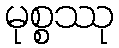
မုစ္စဿု